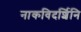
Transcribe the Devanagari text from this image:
नाकविदर्शिनि